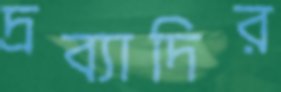
দ্রব্যাদির